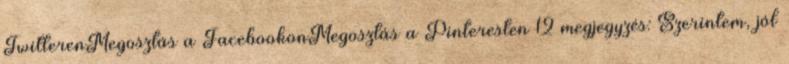
TwitterenMegosztás a FacebookonMegosztás a Pinteresten 12 megjegyzés: Szerintem, jól